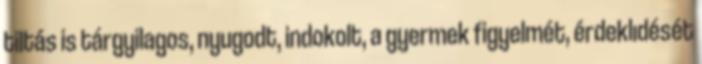
tiltás is tárgyilagos, nyugodt, indokolt, a gyermek figyelmét, érdeklıdését